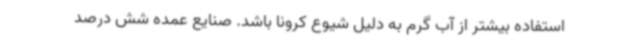
استفاده بیشتر از آب گرم به دلیل شیوع کرونا باشد. صنایع عمده شش درصد